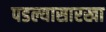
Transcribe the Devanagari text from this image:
पडल्यासारखा